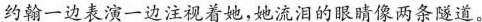
约翰一边表演一边注视着她，她流泪的眼睛像两条隧道。